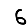
Digit: 6